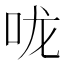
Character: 咙